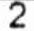
2